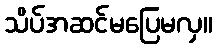
သိပ်အဆင်မပြေမလှ။